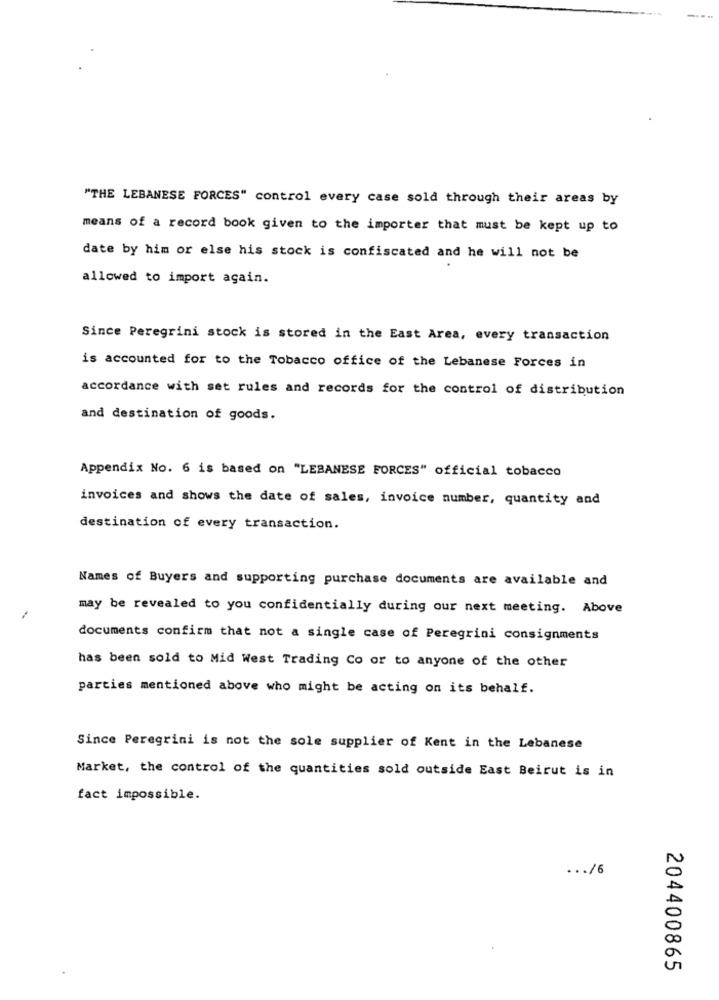
"THE LEBANESE FORCES" control every case sold through their areas by
means of a record book given to the importer that must be kept up to
date by him or else his stock is confiscated and he will not be
allowed to import again.
Since Peregrini stock is stored in the East Area, every transaction
is accounted for to the Tobacco office of the Lebanese Forces in
accordance with set rules and records for the control of distribution
and destination of goods.
Appendix No. 6 is based on "LEBANESE FORCES" official tobacco
invoices and shows the date of sales, invoice number, quantity and
destination of every transaction.
Names of Buyers and supporting purchase documents are available and
may be revealed to you confidentially during our next meeting. Above
documents confirm that not a single case of Peregrini consignments
has been sold to Mid West Trading Co or to anyone of the other
parties mentioned above who might be acting on its behalf.
Since Peregrini is not the sole supplier of Kent in the Lebanese
Market, the control of the quantities sold outside East Beirut is in
fact impossible.
... /6
204400865